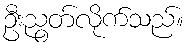
ဦးညွတ်လိုက်သည်။